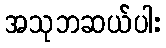
အသုဘဆယ်ပါး